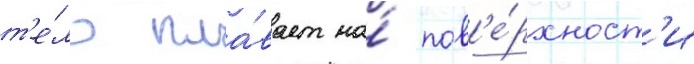
т'е́ло пла́вает на́ пов'е́рхност'и